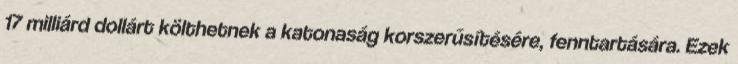
17 milliárd dollárt költhetnek a katonaság korszerűsítésére, fenntartására. Ezek